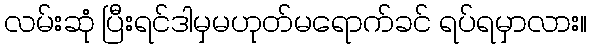
လမ်းဆုံ ပြီးရင်ဒါမှမဟုတ်မရောက်ခင် ရပ်ရမှာလား။